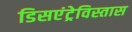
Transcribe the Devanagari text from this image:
डिसएंट्रेविस्तास